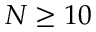
N \geq 1 0